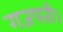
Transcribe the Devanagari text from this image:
गजपती।